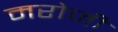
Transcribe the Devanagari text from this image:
मरोजी